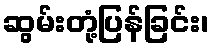
ဆွမ်းတုံ့ပြန်ခြင်း၊